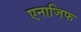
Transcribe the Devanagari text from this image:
एनाजिफ